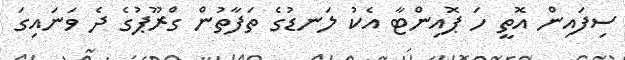
ސިފައިން އޮތީ ހަ ޕޮއިންޓާ އެކު ލަނޑުގެ ތަފާތުން ގްރޫޕުގެ ދެ ވަނައިގަ